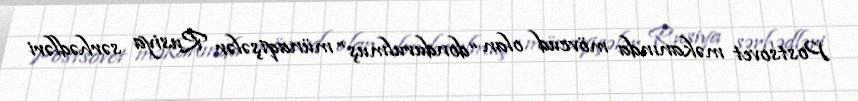
Postsovet məkanında mövcud olan “dondurulmuş” münaqişələr Rusiya sərhədləri